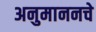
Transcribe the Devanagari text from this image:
अनुमाननचे